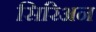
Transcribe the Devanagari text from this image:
सिरिअन